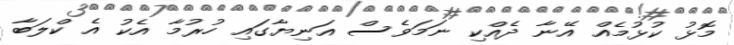
މޮޅު ކުޅުމެއް އޭނާ ދެއްކި ނަމަވެސް އަނިޔާގައި ހުރުމާ އެކު އެ ކްލަބާ